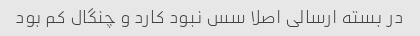
در بسته ارسالی اصلا سس نبود کارد و چنگال کم بود